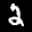
Label: 2